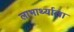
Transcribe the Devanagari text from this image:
लाभार्थ्याला